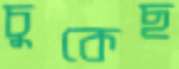
চুকেছ